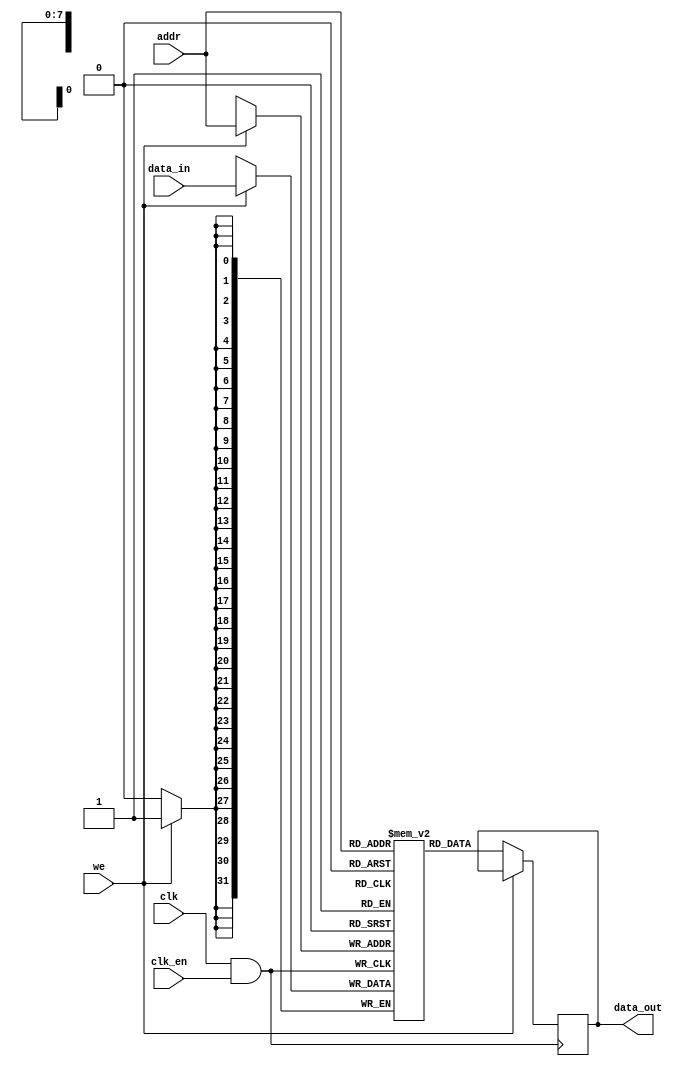
module memory_block (
    input wire clk,            // Original clock signal
    input wire clk_en,        // Static clock enable signal
    input wire [7:0] addr,    // Address input
    input wire [31:0] data_in, // Data input for write operations
    input wire we,            // Write enable signal
    output reg [31:0] data_out // Data output for read operations
);

    // Memory array (256 x 32 bits)
    reg [31:0] mem [0:255];
    
    // Gated clock signal
    wire gated_clk;

    // Clock gating logic
    assign gated_clk = clk & clk_en; // AND gate for clock gating

    // Memory operations
    always @(posedge gated_clk) begin
        if (we) begin
            // Write operation
            mem[addr] <= data_in;
        end else begin
            // Read operation
            data_out <= mem[addr];
        end
    end

endmodule